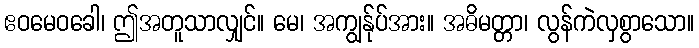
ဧဝမေဝခေါ၊ ဤအတူသာလျှင်။ မေ၊ အကျွန်ုပ်အား။ အဓိမတ္တာ၊ လွန်ကဲလှစွာသော။